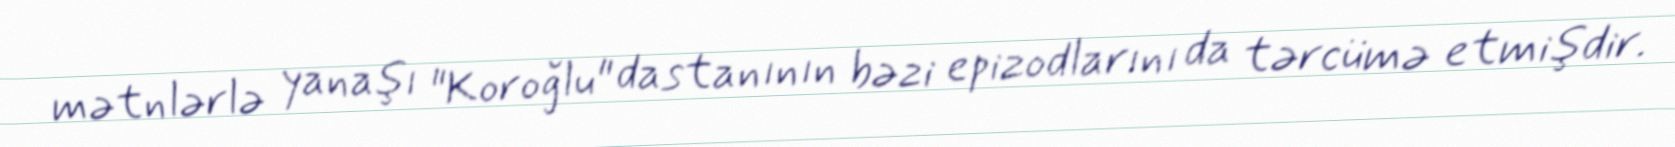
mətnlərlə yanaşı "Koroğlu" dastanının bəzi epizodlarını da tərcümə etmişdir.